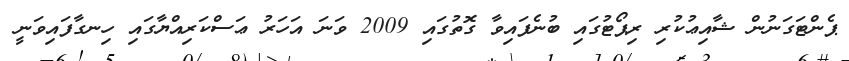
ޕެންޓަގަނުން ޝާއިޢުކުރި ރިޕޯޓުގައި ބުނެފައިވާ ގޮތުގައި 2009 ވަނަ އަހަރު ޢަސްކަރިއްޔާގައި ހިނގާފައިވަނީ